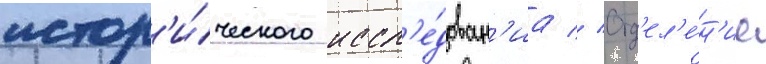
истор'и́ческого иссл'е́дован'иа // Отд'ел'е́н'ие